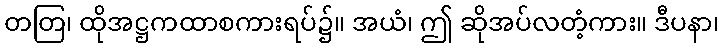
တတြ၊ ထိုအဋ္ဌကထာစကားရပ်၌။ အယံ၊ ဤ ဆိုအပ်လတံ့ကား။ ဒီပနာ၊